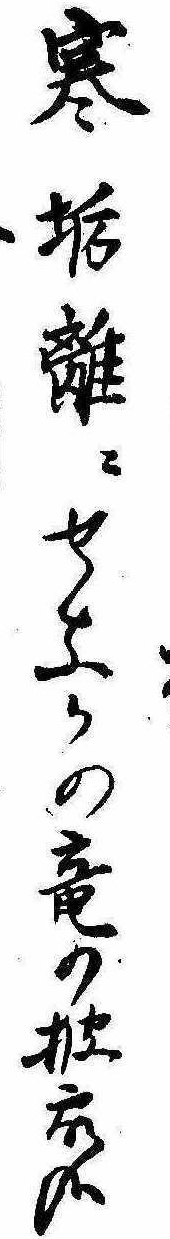
寒垢離にせなかの竜の披露哉